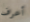
أعرف